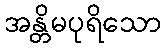
အန္တိမပုရိသော